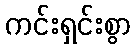
ကင်းရှင်းစွာ